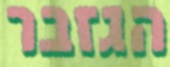
הגזבר